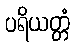
ပရိယတ္တံ